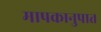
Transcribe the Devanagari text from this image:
मापकानुपात